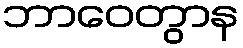
ဘာဝေတွာန